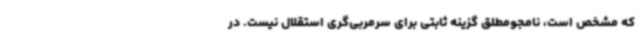
که مشخص است، نامجومطلق گزینه ثابتی برای سرمربی‌گری استقلال نیست. در